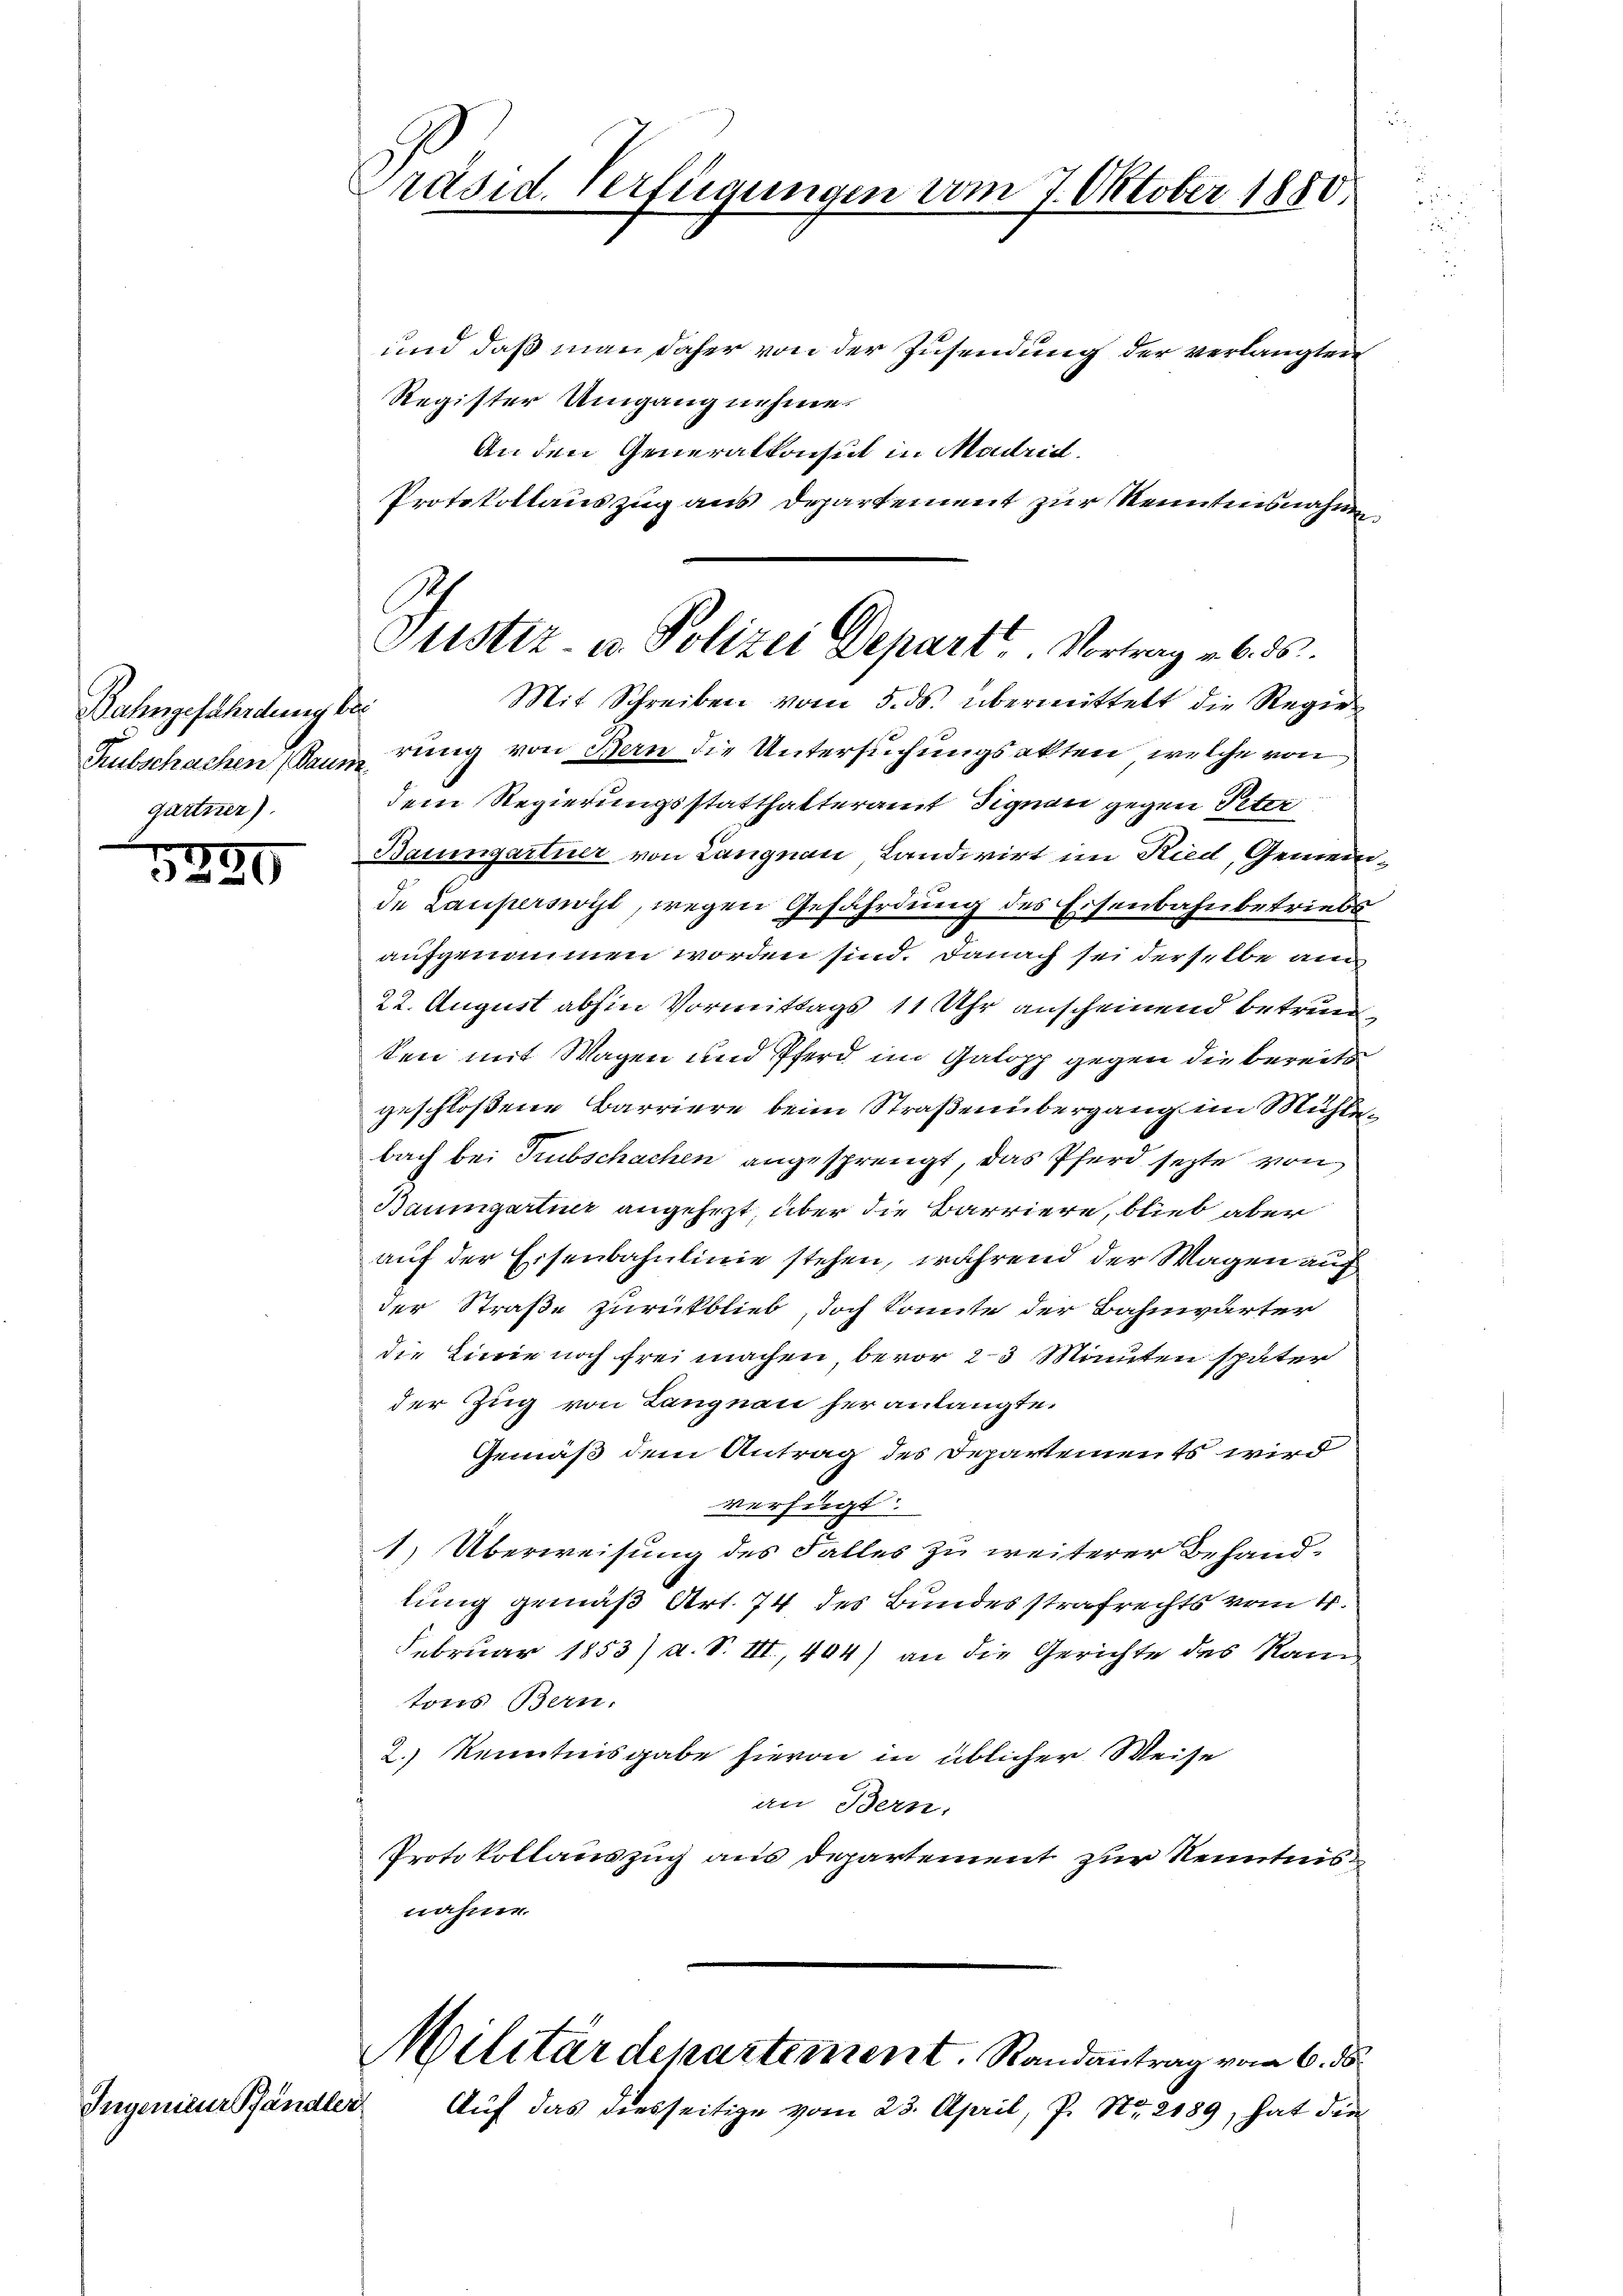
Bahngefährdung der
Hubschachen (Baum
gartner).

Ingenieur Pfändler

1890

und daß man daher von der Zusendung der verlangten
Register Umgang nehme.
An den Generalkonsul in Madrid.
Protokollauszug aus Departement zur Kenntensnahmen
Mit Schreiben vom 5. ds. übermittelt die Regier
rung von Bern die Untersuchungsakten, welche von
dem Regierungsstatthalteramt Signau gegen Peter
Baumgartner von Langnau, Landwirt im Ried, Gemein
de Lauperswit, wegen Gefährdung des Eisenbahnbetriebs
aufgenommen worden sind. Danach sei derselbe am
22. August abhin Vormittags 11 Uhr anscheinend betreuersen mit Wagen und Pferd im Galopp gegen die bereits
geschloßene Barriere beim Straßenübergang im Mühlebach bei Trubschachen angesprengt, das Pferd sezte von
Baumgartine angehezt, über die Barriere, blieb aber
auf der Eisenbahnlinie stehen, während der Wagen auf
der Straße zurückblieb doch konnte der Bahnwärter
die Linie noch frei machen bevor 23 Minuten später
der Zug von Langnau heranlangte.
Gemäß dem Antrag des Departements wird
verfügt:
1) Überweisung des Falles zu weiterer Behandlung gemäß Art. 74 des Bundesstrafrechts vom 4.
Februar 1853) a. S. III., 444) an die Gerichte des Kan
tons Bern.
2.) Kenntnisgabe hievon in üblicher Weise
an Bern:
Protokollauszug aus Departement zur Kenntnisnahme.
Militärdepartement. Randantrag vom 6. ds.
Auf das diesseitige vom 23. April, P. Nr. 2189, hat die

Präsid. Verfügungen vom 7. Oktober 1850.

Justiz- u. Polizei Depart. Vortrag v. 6. ds.